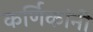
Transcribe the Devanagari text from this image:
कर्णिकांनी